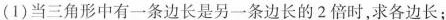
(1)当三角形中有一条边长是另一条边长的2倍时，求各边长；